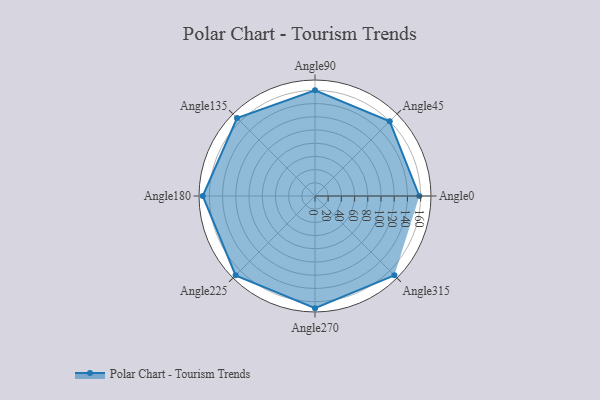
{"axis": {"x": "Angle", "y": "Radius"}, "legend": [""], "data": [{"x": "Angle0", "y": 158.0, "type": ""}, {"x": "Angle45", "y": 160.0, "type": ""}, {"x": "Angle90", "y": 160.0, "type": ""}, {"x": "Angle135", "y": 167.0, "type": ""}, {"x": "Angle180", "y": 170, "type": ""}, {"x": "Angle225", "y": 170, "type": ""}, {"x": "Angle270", "y": 170, "type": ""}, {"x": "Angle315", "y": 170, "type": ""}]}